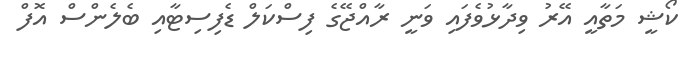
ކޯޝީ މަތާއީ އޭރު ވިދާޅުވެފައި ވަނީ ރާއްޖޭގެ ފިސްކަލް ޑެފިސިޓާއި ބެލެންސް އޮފް